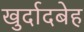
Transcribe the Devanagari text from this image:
खुर्दादबेह